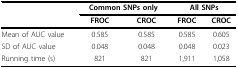
<table><thead><tr><td></td><td colspan="2"><b>Common SNPs only</b></td><td colspan="2"><b>All SNPs</b></td></tr><tr><td></td><td><b>FROC</b></td><td><b>CROC</b></td><td><b>FROC</b></td><td><b>CROC</b></td></tr></thead><tbody><tr><td>Mean of AUC value</td><td>0.585</td><td>0.585</td><td>0.585</td><td>0.605</td></tr><tr><td>SD of AUC value</td><td>0.048</td><td>0.048</td><td>0.048</td><td>0.023</td></tr><tr><td>Running time (s)</td><td>821</td><td>821</td><td>1,911</td><td>1,058</td></tr></tbody></table>